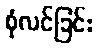
စုံလင်ခြင်း